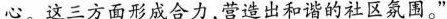
心。这三方面形成合力，营造出和谐的社区氛围。”